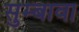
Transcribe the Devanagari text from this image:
सुम्बावा